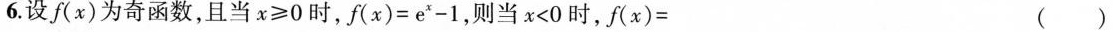
6.设f(x)为奇函数，且当$$x ≥ 0$$时，$$f ( x ) = e ^ { x } - 1$$，则当$$x < 0$$时，$$f ( x ) =$$ ( )